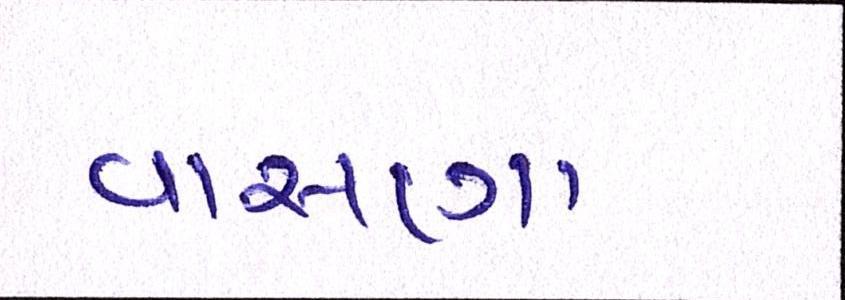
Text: વાસણા